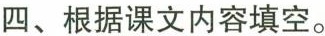
四、根据课文内容填空。